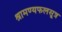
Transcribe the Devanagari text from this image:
श्रामण्यफलसूत्र